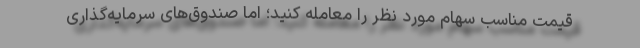
قیمت مناسب سهام مورد نظر را معامله کنید؛ اما صندوق‌های سرمایه‌گذاری